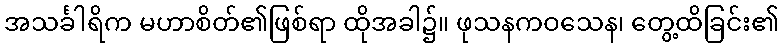
အသင်္ခါရိက မဟာစိတ်၏ဖြစ်ရာ ထိုအခါ၌။ ဖုသနကဝသေန၊ တွေ့ထိခြင်း၏